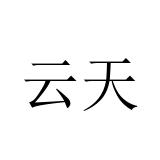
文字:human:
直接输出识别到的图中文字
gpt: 云天